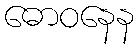
ဓောဝနေန